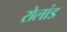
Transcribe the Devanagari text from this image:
रोलांड